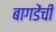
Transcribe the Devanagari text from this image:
बागडेंची